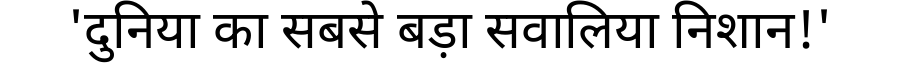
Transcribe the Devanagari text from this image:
'दुनिया का सबसे बड़ा सवालिया निशान!'